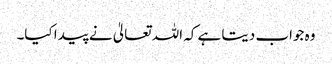
وہ جواب دیتا ہے کہ اللہ تعالیٰ نے پیدا کیا۔